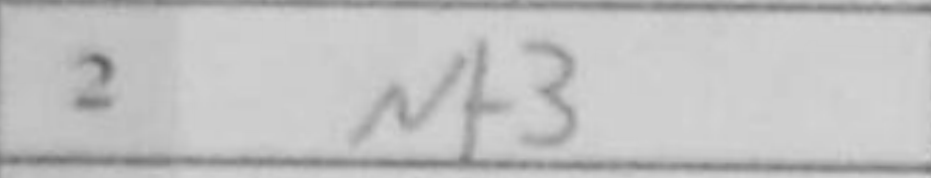
Transcription: Nf3